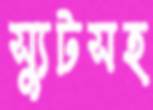
স্যুটসহ